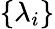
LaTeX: \{ \lambda_{i}\}